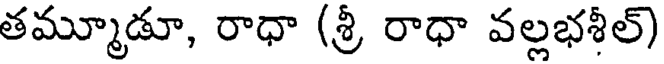
తమ్మూడూ, రాధా (శ్రీ రాధా వల్లభశీల్)